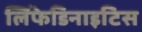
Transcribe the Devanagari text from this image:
लिंफेडिनाइटिस